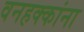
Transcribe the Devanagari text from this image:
वनहक्कांना